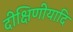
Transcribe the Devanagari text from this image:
दीक्षिणीयादि